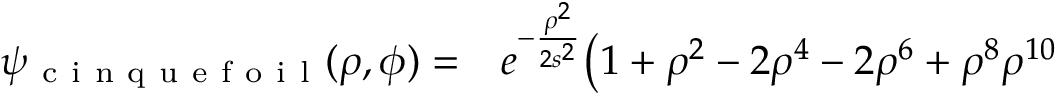
\begin{array} { r l } { \psi _ { \mathrm { ~ c ~ i ~ n ~ q ~ u ~ e ~ f ~ o ~ i ~ l ~ } } ( \rho , \phi ) = } & { { } e ^ { - \frac { \rho ^ { 2 } } { 2 s ^ { 2 } } } \bigr ( 1 + \rho ^ { 2 } - 2 \rho ^ { 4 } - 2 \rho ^ { 6 } + \rho ^ { 8 } \rho ^ { 1 0 } } \end{array}